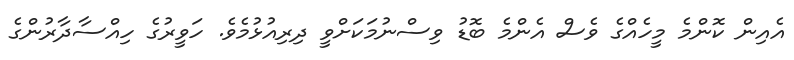
އެއިން ކޮންމެ މީހެއްގެ ވެސް އެންމެ ބޮޑު ވިސްނުމަކަށްވީ ދިރިއުޅުމެވެ. ހަވީރުގެ ހިއްސާދާރުންގެ